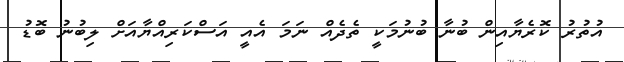
އުތުރު ކޮރެޔާއިން ބުނާ ބުނުމަކީ ތެދެއް ނަމަ އެއީ އަސްކަރިއްޔާއަށް ލިބުނު ބޮޑު